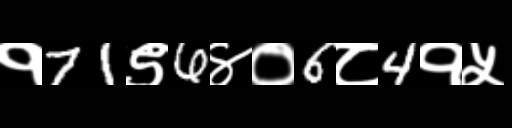
Text: १71९6४०6८4१५